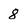
Character: 8